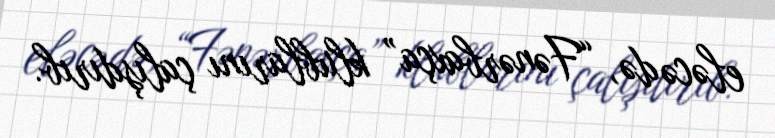
eləcə də, “Fənərbaxça” klublarını çalışdırıb.